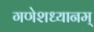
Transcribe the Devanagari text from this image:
गणेशध्यानम्